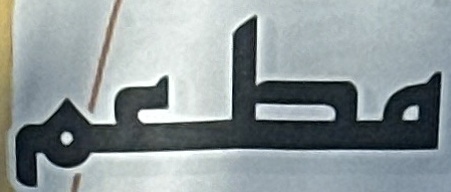
مطعم